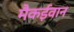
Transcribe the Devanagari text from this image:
मैकईवान